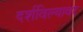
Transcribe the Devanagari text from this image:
दर्शविल्यावर